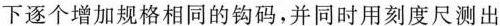
下逐个增加规格相同的钩码，并同时用刻度尺测出